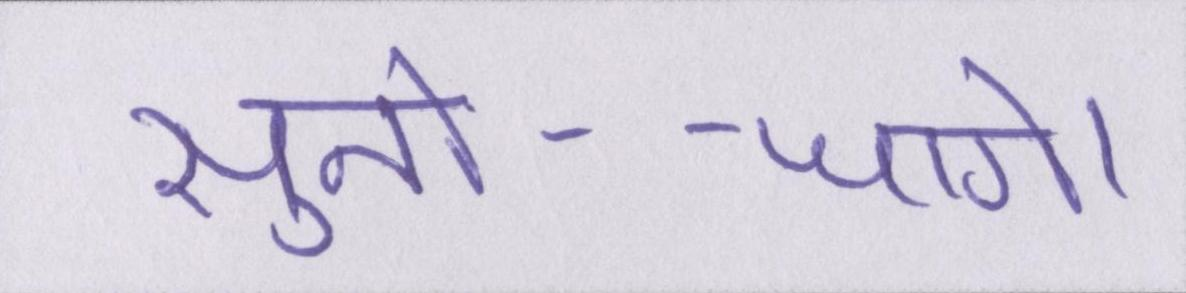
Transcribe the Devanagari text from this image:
सुनो--जागे।